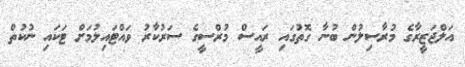
އަލްޖަޒީރާގެ މުރާސިލުން ބުނާ ގޮތުގައި ރައީސް މުރްސީގެ ސަރުކާރު ވައްޓައިލުމަށް ޓަކައި ނުކުތް